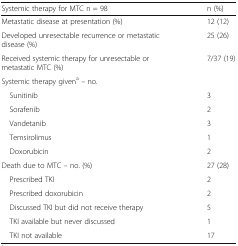
<table><thead><tr><td><b>Systemic therapy for MTC n = 98</b></td><td><b>n (%)</b></td></tr></thead><tbody><tr><td>Metastatic disease at presentation (%)</td><td>12 (12)</td></tr><tr><td>Developed unresectable recurrence or metastatic disease (%)</td><td>25 (26)</td></tr><tr><td>Received systemic therapy for unresectable or metastatic MTC (%)</td><td>7/37 (19)</td></tr><tr><td>Systemic therapy given<sup>a</sup> – no.</td><td></td></tr><tr><td> Sunitinib</td><td>3</td></tr><tr><td> Sorafenib</td><td>2</td></tr><tr><td> Vandetanib</td><td>3</td></tr><tr><td> Temsirolimus</td><td>1</td></tr><tr><td> Doxorubicin</td><td>2</td></tr><tr><td>Death due to MTC – no. (%)</td><td>27 (28)</td></tr><tr><td> Prescribed TKI</td><td>2</td></tr><tr><td> Prescribed doxorubicin</td><td>2</td></tr><tr><td> Discussed TKI but did not receive therapy</td><td>5</td></tr><tr><td> TKI available but never discussed</td><td>1</td></tr><tr><td> TKI not available</td><td>17</td></tr></tbody></table>